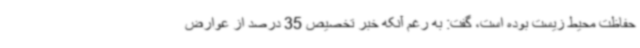
حفاظت محیط زیست بوده است، گفت: به رغم آنکه خبر تخصیص 35 درصد از عوارض